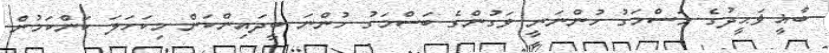
ބާޣީ ޥަޙީދުގެ މަސްމަގު ހުންނަނީ ވަގުންގެ ބަސްމަގު ހުންނަ ބީދައިންކަން މިކަހަލަ ކަންކަމުން